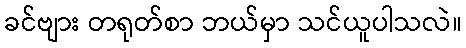
ခင်ဗျား တရုတ်စာ ဘယ်မှာ သင်ယူပါသလဲ။